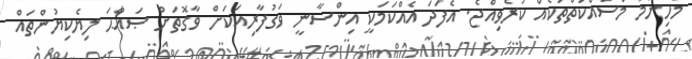
މުހިންމު މަސައްކަތްތަކެއް ކުރެވިއްޖެ. އެފަދަ އެއްކަމަކީ އިންސާނީ ވަގުފާރިއަކަށް ވާގޮތަށް ޞައްޙަ ލިޔެކިޔުންތައް